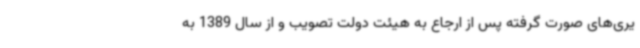
یری‌های صورت گرفته پس از ارجاع به هیئت دولت تصویب و از سال 1389 به